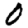
Digit: 0